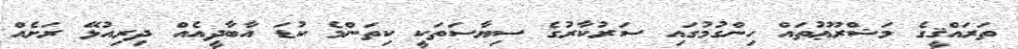
ތަރައްޤީގެ މަޝްރޫޢުތައް ހިންގުމުގައި ސަރުކާރުގެ ސިޔާސަތަކީ ކިތަންމެ ކުޑަ އާބާދީއެއް ދިރިއުޅޭ ރަށެއް